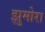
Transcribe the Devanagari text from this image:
झुमोरा